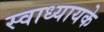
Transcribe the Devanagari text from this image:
स्‍वाध्‍यायके